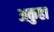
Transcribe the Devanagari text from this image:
अकुहा